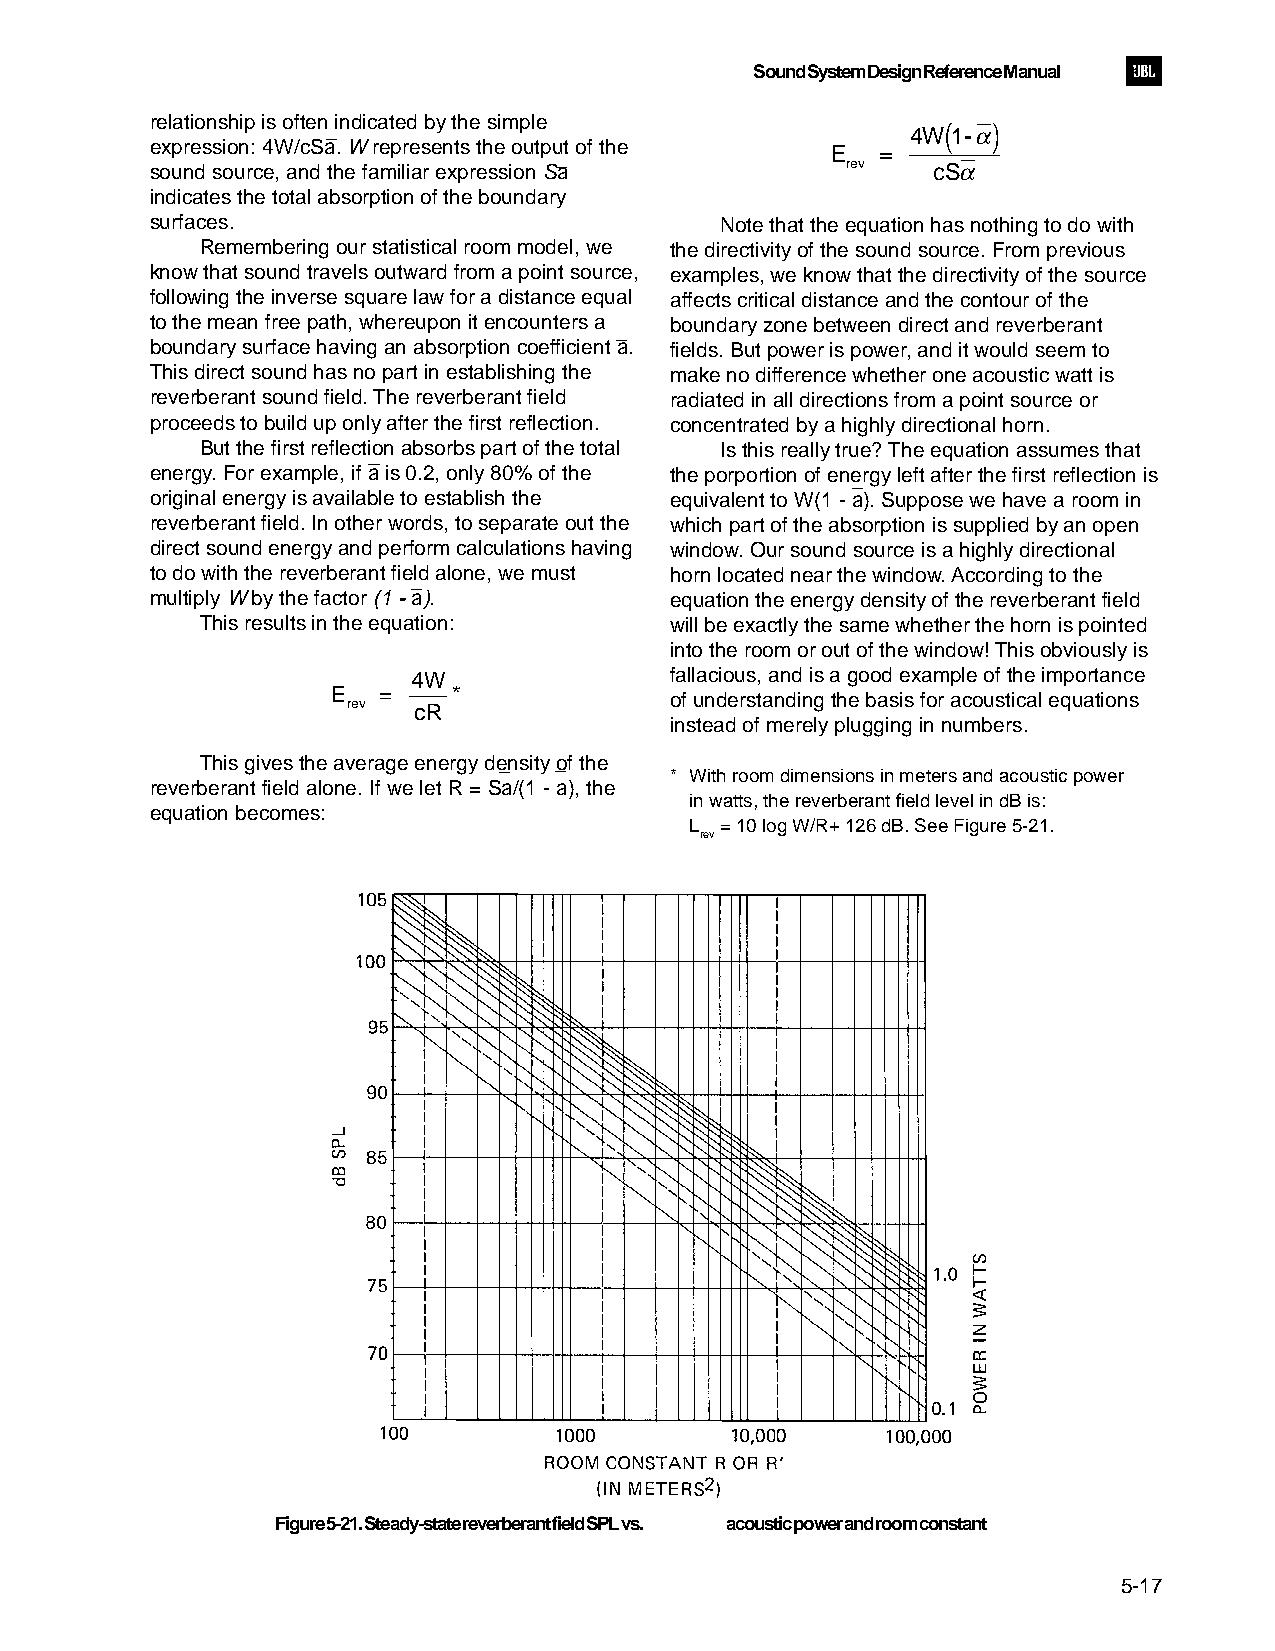
Sound System Design Reference Manual
 relationship is often indicated by the simple        (  )
 4W 1-α
 expression: 4W/cSa. W represents the output of the E =
 sound source, and the familiar expression Sa  rev   cSα
 indicates the total absorption of the boundary
 surfaces.                             Note that the equation has nothing to do with
 Remembering our statistical room model, we the directivity of the sound source. From previous
 know that sound travels outward from a point source, examples, we know that the directivity of the source
 following the inverse square law for a distance equal affects critical distance and the contour of the
 to the mean free path, whereupon it encounters a boundary zone between direct and reverberant
 boundary surface having an absorption coefficient a. fields. But power is power, and it would seem to
 This direct sound has no part in establishing the make no difference whether one acoustic watt is
 reverberant sound field. The reverberant field radiated in all directions from a point source or
 proceeds to build up only after the first reflection. concentrated by a highly directional horn.
 But the first reflection absorbs part of the total Is this really true? The equation assumes that
 energy. For example, if a is 0.2, only 80% of the the porportion of energy left after the first reflection is
 original energy is available to establish the equivalent to W(1 - a). Suppose we have a room in
 reverberant field. In other words, to separate out the which part of the absorption is supplied by an open
 direct sound energy and perform calculations having window. Our sound source is a highly directional
 to do with the reverberant field alone, we must horn located near the window. According to the
 multiply W by the factor (1 - a). equation the energy density of the reverberant field
 This results in the equation:  will be exactly the same whether the horn is pointed
 into the room or out of the window! This obviously is
 4W               fallacious, and is a good example of the importance
 E  =    *             of understanding the basis for acoustical equations
 rev cR
 instead of merely plugging in numbers.
 This gives the average energy density of the
 * With room dimensions in meters and acoustic power
 reverberant field alone. If we let R = Sa/(1 - a), the
 in watts, the reverberant field level in dB is:
 equation becomes:
 L = 10 log W/R+ 126 dB. See Figure 5-21.
 rev
 Figure 5-21. Steady-state reverberant field SPL vs. acoustic power and room constant
 5-17